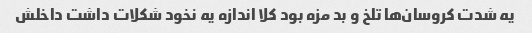
یه شدت کروسان‌ها تلخ و بد مزه بود کلا اندازه یه نخود شکلات داشت داخلش